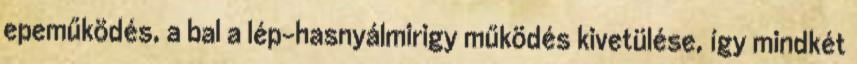
epeműködés, a bal a lép-hasnyálmirigy működés kivetülése, így mindkét